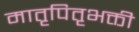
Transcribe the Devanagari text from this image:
मातृपितृभक्ती